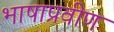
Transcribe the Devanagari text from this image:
भाषाप्रवीण